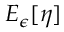
E _ { \epsilon } [ \eta ]